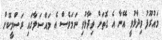
މައުރޫފު ވިދާޅުވީ އޭނާ އެ ގޮތަށް ވިދާޅުވި ނަމަވެސް އެ މައްސަލާގައި ރަސްމީކޮށް